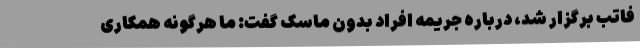
فاتب برگزار شد، درباره جریمه افراد بدون ماسک گفت: ما هرگونه همکاری